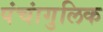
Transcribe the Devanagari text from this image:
पंचांगुलिक